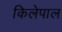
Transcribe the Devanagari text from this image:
किलेपाल